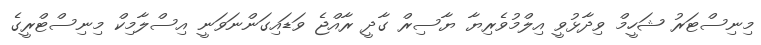
މިނިސްޓަރު ޝަހީމް ވިދާޅުވީ އިލްމުވެރިޔާ ޔާސިރް ގާދީ ރާއްޖެ ވަޑައިގަންނަވަނީ އިސްލާމިކް މިނިސްޓްރީގެ